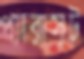
প্যারাসুট